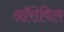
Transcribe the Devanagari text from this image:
ऑरोविल